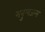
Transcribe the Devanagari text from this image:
मनुष्यजन्म